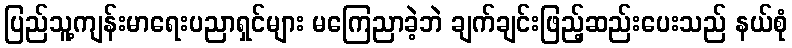
ပြည်သူ့ကျန်းမာရေးပညာရှင်များ မကြေညာခဲ့ဘဲ ချက်ချင်းဖြည့်ဆည်းပေးသည် နယ်စုံ